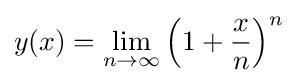
y(x)=\lim _{n\to \infty }\left(1+{\frac {x}{n}}\right)^{n}